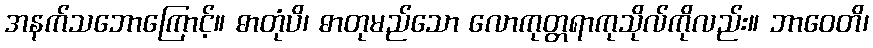
အနက်သဘောကြောင့်။ ဓာတုံပိ၊ ဓာတုမည်သော လောကုတ္တရာကုသိုလ်ကိုလည်း။ ဘာဝေတိ၊